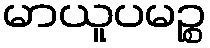
မာယူပမဉ္စ